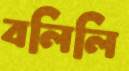
বলিলি